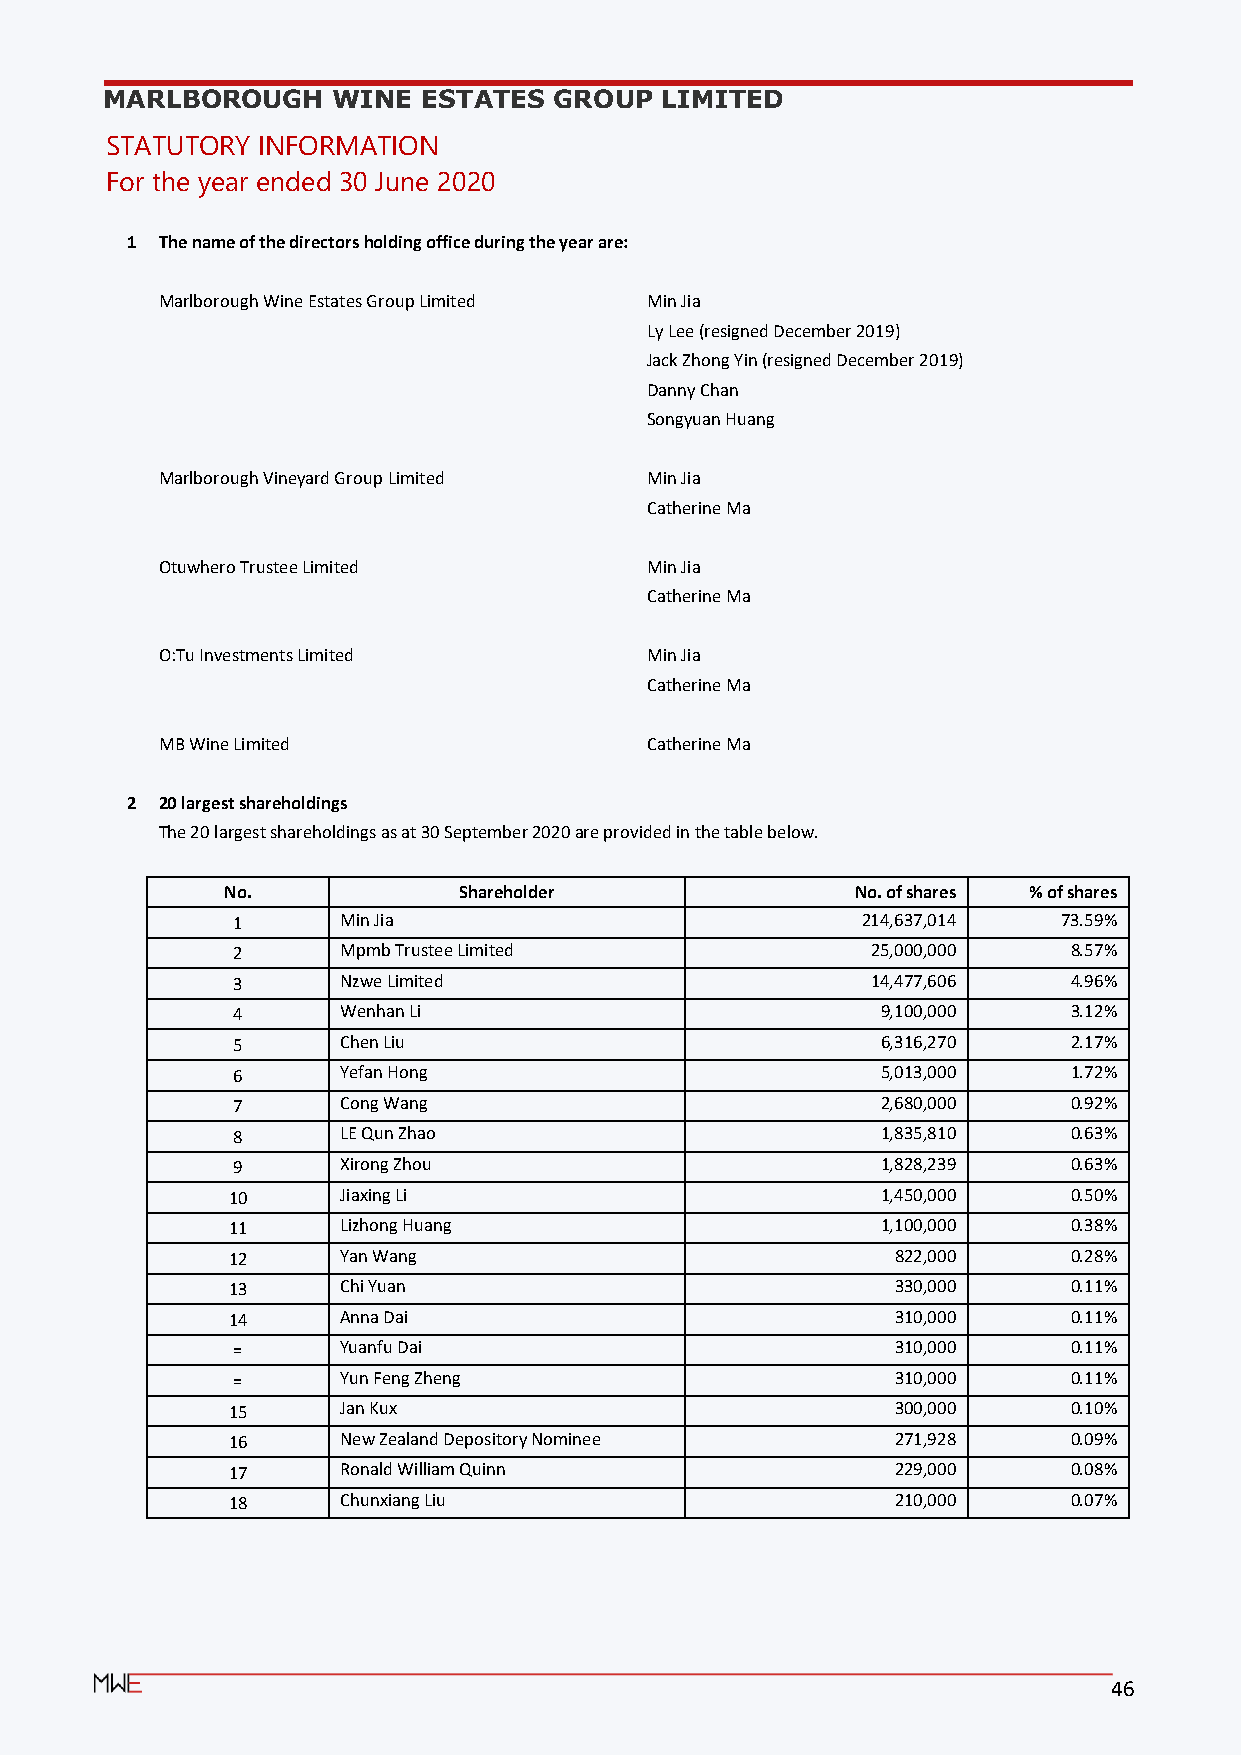
MARLBOROUGH    WINE  ESTATES  GROUP  LIMITED
 STATUTORY INFORMATION
 For the year ended 30 June 2020
 1 The name of the directors holding office during the year are:
 Marlborough Wine Estates Group Limited Min Jia
 Ly Lee (resigned December 2019)
 Jack Zhong Yin (resigned December 2019)
 Danny Chan
 Songyuan Huang
 Marlborough Vineyard Group Limited Min Jia
 Catherine Ma
 Otuwhero Trustee Limited         Min Jia
 Catherine Ma
 O:Tu Investments Limited         Min Jia
 Catherine Ma
 MB Wine Limited                  Catherine Ma
 2 20 largest shareholdings
 The 20 largest shareholdings as at 30 September 2020 are provided in the table below.
 No.            Shareholder                No. of shares % of shares
 1       Min Jia                           214,637,014  73.59%
 2       Mpmb Trustee Limited               25,000,000   8.57%
 3       Nzwe Limited                       14,477,606   4.96%
 4       Wenhan Li                          9,100,000    3.12%
 5       Chen Liu                           6,316,270    2.17%
 6       Yefan Hong                         5,013,000    1.72%
 7       Cong Wang                          2,680,000    0.92%
 8       LE Qun Zhao                        1,835,810    0.63%
 9       Xirong Zhou                        1,828,239    0.63%
 10      Jiaxing Li                         1,450,000    0.50%
 11      Lizhong Huang                      1,100,000    0.38%
 12      Yan Wang                            822,000     0.28%
 13      Chi Yuan                            330,000     0.11%
 14      Anna Dai                            310,000     0.11%
 =       Yuanfu Dai                          310,000     0.11%
 =       Yun Feng Zheng                      310,000     0.11%
 15      Jan Kux                             300,000     0.10%
 16      New Zealand Depository Nominee      271,928     0.09%
 17      Ronald William Quinn                229,000     0.08%
 18      Chunxiang Liu                       210,000     0.07%
 46